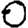
Digit: 0